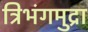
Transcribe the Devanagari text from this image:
त्रिभंगमुद्रा